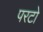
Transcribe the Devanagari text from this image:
परटो